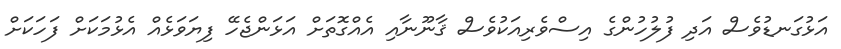
އަޅުގަނޑުވެސް އަދި ފުލުހުންގެ އިސްވެރިއަކުވެސް ޤާނޫނާއި އެއްގޮތަށް އަޅަންޖެހޭ ފިޔަވަޅެއް އެޅުމަކަށް ފަހަކަށް